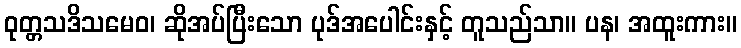
ဝုတ္တသဒိသမေဝ၊ ဆိုအပ်ပြီးသော ပုဒ်အပေါင်းနှင့် တူသည်သာ။ ပန၊ အထူးကား။